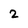
Character: 2